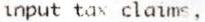
INPUT TAX CLAIMS,